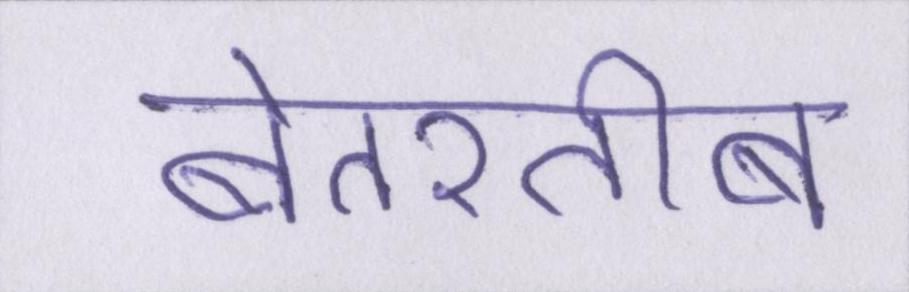
बेतरतीब